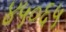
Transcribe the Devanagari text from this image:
४५०६५